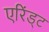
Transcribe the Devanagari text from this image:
एरिंड्ट